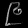
Digit: ၉